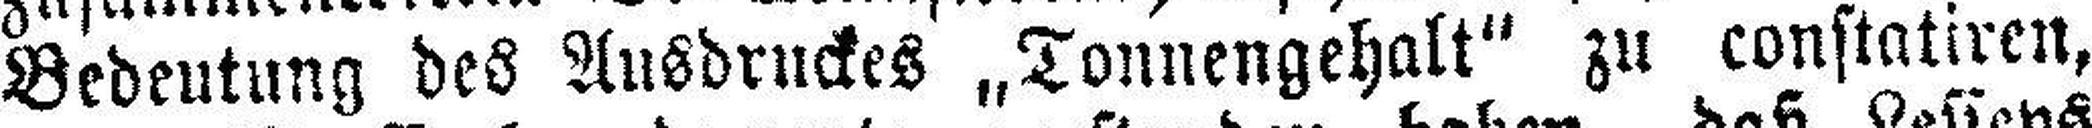
Bedeutung des Ausdruckes „Tonnengehalt“ zu constatiren,